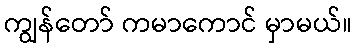
ကျွန်တော် ကမာကောင် မှာမယ်။